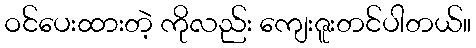
ဝင်ပေးထားတဲ့ ကိုလည်း ကျေးဇူးတင်ပါတယ်။